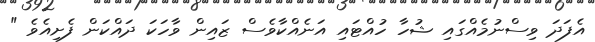
އެފަދަ ވިސްނުމެއްގައި ޝުހާ ހުއްޓައި އަނެއްކާވެސް ޒައިން ވާހަކަ ދައްކަން ފެށިއެވެ "